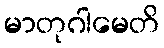
မာတုဂါမေတိ